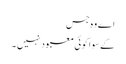
اے وہ جس
کے سوا کوئی معبود نہیں ۔